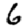
Digit: 6